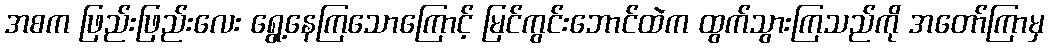
အစက ဖြည်းဖြည်းလေး ရွေ့နေကြသောကြောင့် မြင်ကွင်းဘောင်ထဲက ထွက်သွားကြသည်ကို အတော်ကြာမှ